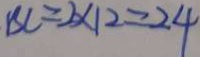
B C = 2 \times 1 2 = 2 4